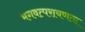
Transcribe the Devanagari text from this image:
भगवत्परायणता